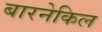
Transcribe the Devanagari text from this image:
बारनेकिल